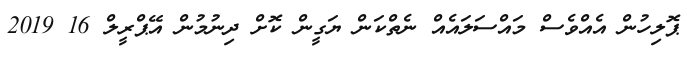
ޕޮލިހުން އެއްވެސް މައްސަލައެއް ނެތްކަން ޔަގީން ކޮށް ދިނުމުން އޭޕްރީލް 16 2019